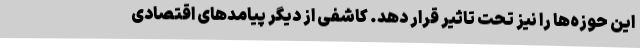
این حوزه‌ها را نیز تحت تاثیر قرار دهد. کاشفی از دیگر پیامدهای اقتصادی